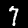
Label: 7